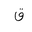
Letter: _qaf